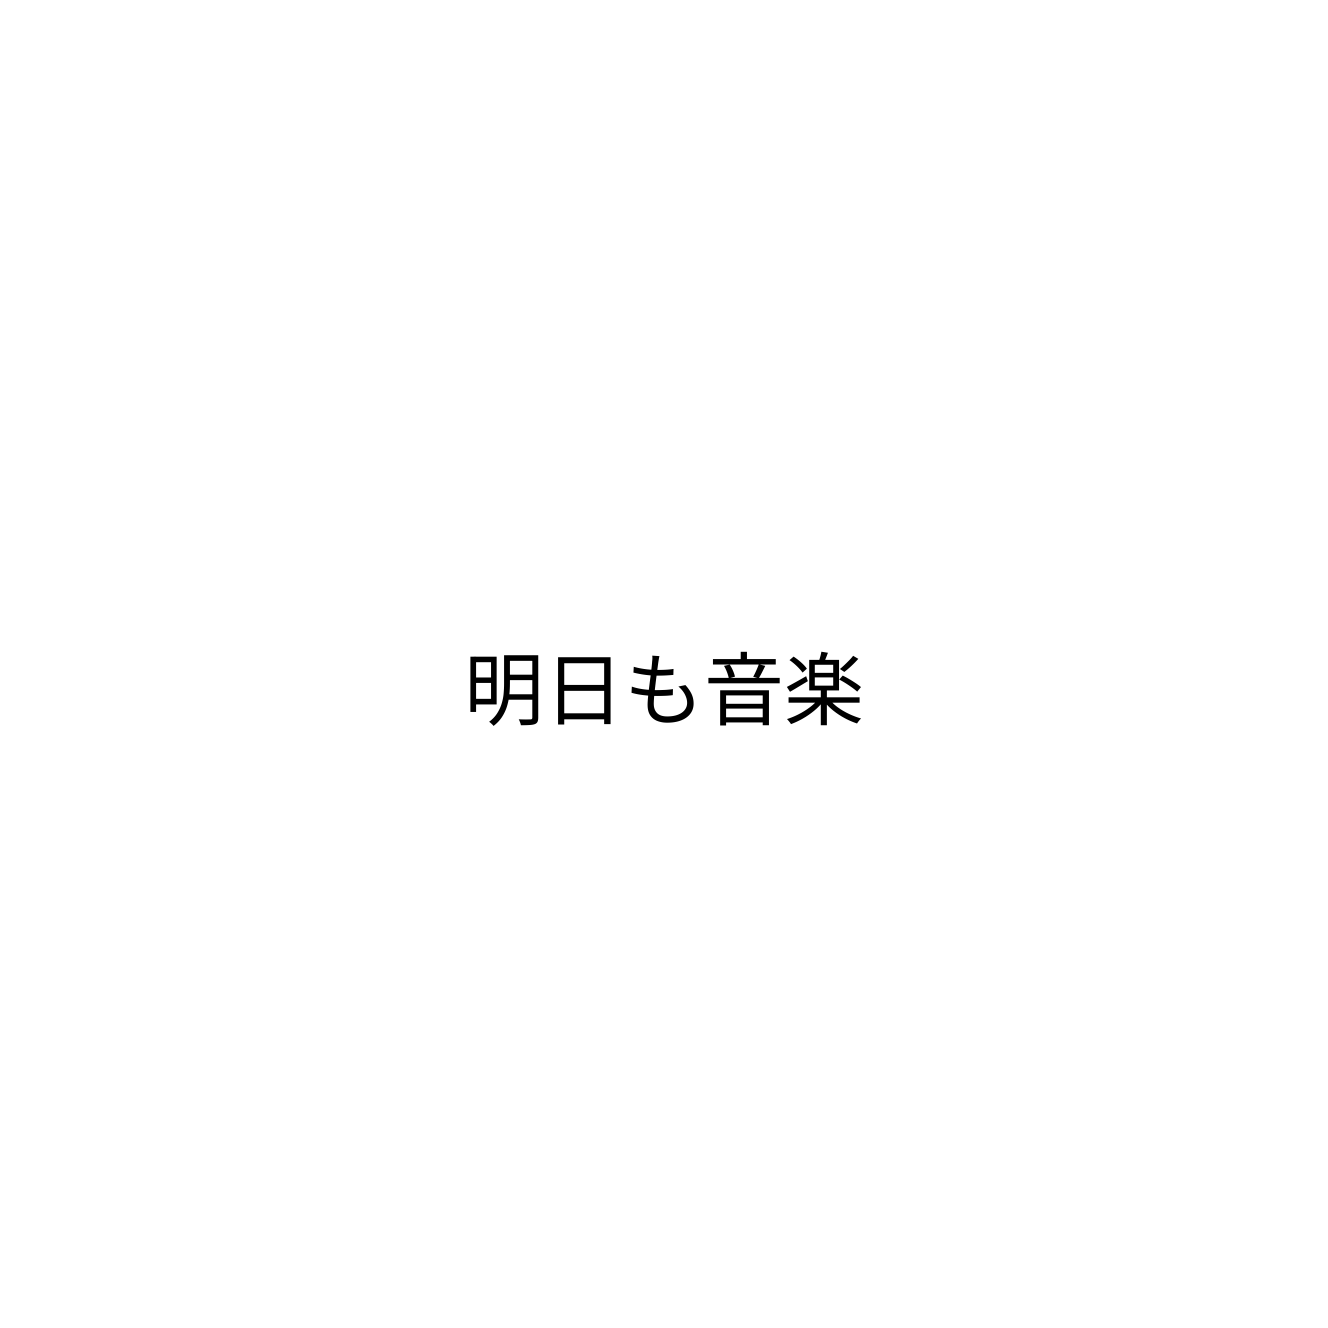
明日も音楽